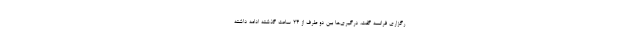
رگزاری فرانسه گفت، درگیری‌ها بین دو طرف از ۲۴ ساعت گذشته ادامه داشته